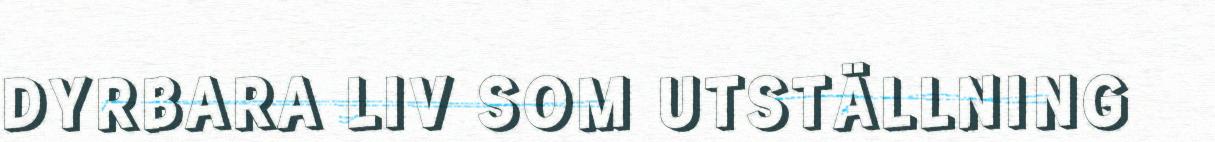
DYRBARA LIV SOM UTSTÄLLNING